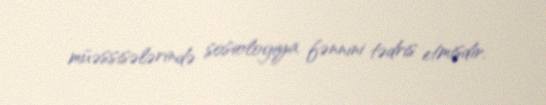
müəssisələrində sosiologiya fənnini tədris etmişdir.